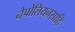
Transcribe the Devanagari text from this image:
नेपोलियनसाठि